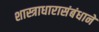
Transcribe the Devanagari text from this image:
शास्त्राधारासंबंधानें